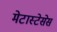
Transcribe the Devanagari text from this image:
मेटास्टेसेस